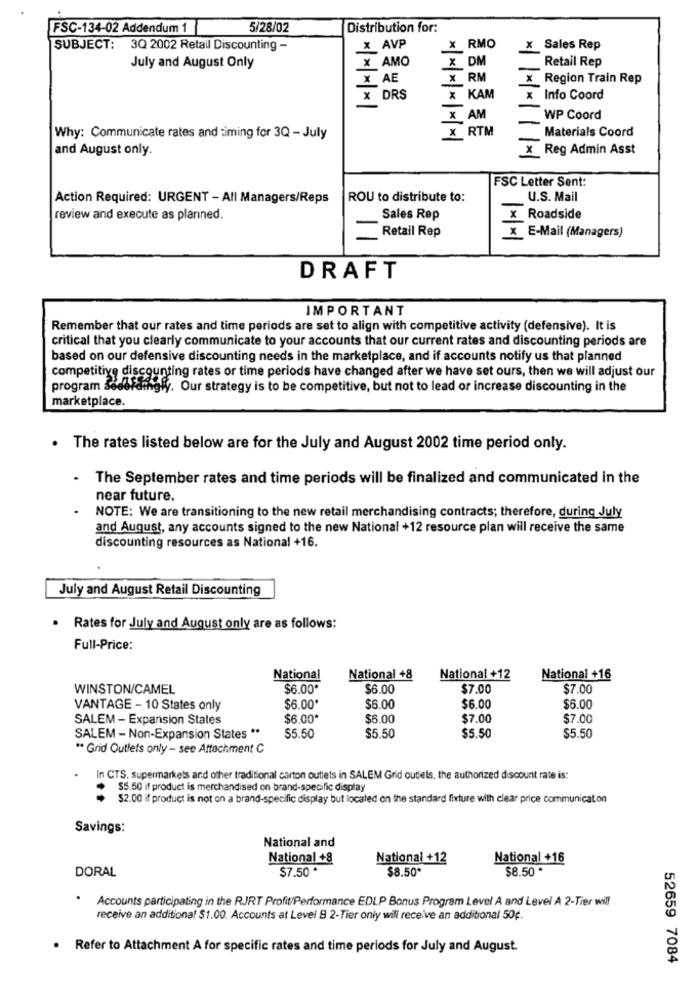
FSC-134-02 Addendum 1
5/28/02
Distribution for:
SUBJECT: 3Q 2002 Retail Discounting -
x AVP
x RMO
X Sales Rep
X AMO
X DM
Retail Rep
July and August Only
AE
X RM
x Region Train Rep
DRS
X KAM
x Info Coord
* * **
X AM
-
WP Coord
X RTM
Materials Coord
Why: Communicate rates and timing for 3Q - July
and August only.
x Reg Admin Asst
FSC Letter Sent:
Action Required: URGENT - All Managers/Reps
ROU to distribute to:
U.S. Mail
review and execute as planned.
Sales Rep
x Roadside
- Retail Rep
x E-Mail (Managers)
DRAFT
IMPORTANT
Remember that our rates and time periods are set to align with competitive activity (defensive). It is
critical that you clearly communicate to your accounts that our current rates and discounting periods are
based on our defensive discounting needs in the marketplace, and if accounts notify us that planned
competitive discounting rates or time periods have changed after we have set ours, then we will adjust our
program sedefdingly. Our strategy is to be competitive, but not to lead or increase discounting in the
marketplace.
. The rates listed below are for the July and August 2002 time period only.
The September rates and time periods will be finalized and communicated in the
near future.
NOTE: We are transitioning to the new retail merchandising contracts; therefore, during July
and August, any accounts signed to the new National +12 resource plan will receive the same
discounting resources as National +16.
July and August Retail Discounting
. Rates for July and August only are as follows:
Full-Price:
National
National +8
National +12
National +16
WINSTON/CAMEL
$6.00*
$6.00
$7.00
$7.00
VANTAGE - 10 States only
$6.00
$6.00
$6.00
$6.00
SALEM - Expansion States
$6.00*
$6.00
$7.00
$7.00
$5.50
$5.50
SALEM - Non-Expansion States **
$5.50
$5.50
** Grid Outlets only - see Attachment C
In CTS, supermarkets and other traditional carton outlets in SALEM Grid outlets, the authorized discount rate is:
$5.50 if product is merchandised on brand-specific display
$2.00 if product is not on a brand-specific display but located on the standard fixture with clear price communication
Savings:
National and
National +8
National +12
National +16
DORAL
$7.50 *
$8.50*
$8.50
Accounts participating in the R.IRT Profit/Performance EDLP Bonus Program Level A and Level A 2-Tier will
receive an additional $1.00. Accounts at Level 9 2-Tier only will receive an additional 50g.
. Refer to Attachment A for specific rates and time periods for July and August.
52659 7084